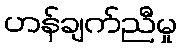
ဟန်ချက်ညီမှု